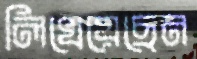
লিখেয়েছেন